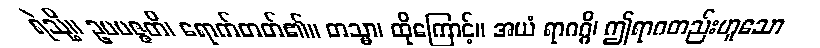
ရဲသို့။ ဥပပဇ္ဇတိ၊ ရောက်တတ်၏။ တသ္မာ၊ ထိုကြောင့်။ အယံ ရာဂဂ္ဂိ၊ ဤရာဂတည်းဟူသော